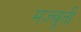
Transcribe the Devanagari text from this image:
मज्बूती